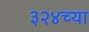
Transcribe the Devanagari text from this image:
३२४च्या